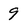
Character: 9